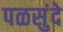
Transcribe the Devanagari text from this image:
पळसुंदे